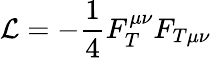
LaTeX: {\cal L}=-\frac 14F_{T}^{\mu\nu}F_{T\mu\nu}